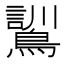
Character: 𮭌